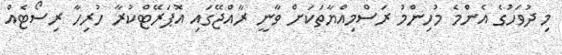
މި ދުވަހުގެ އެންމެ މުހިންމު ރަސްމިއްޔާތަކަށް ވާނީ ރާއްޖޭގައި އޮޕަރޭޓްކުރާ ހުރިހާ ރިސޯޓެއް